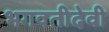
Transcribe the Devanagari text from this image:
भगवतीदेवी